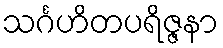
သင်္ဂဟိတပရိဇ္ဇနာ